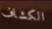
الكشاف